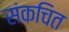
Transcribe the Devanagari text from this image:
संकचित